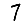
Digit: 7